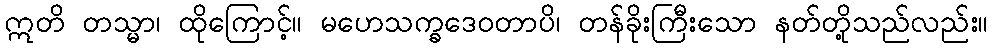
ဣတိ တသ္မာ၊ ထိုကြောင့်။ မဟေသက္ခဒေဝတာပိ၊ တန်ခိုးကြီးသော နတ်တို့သည်လည်း။